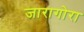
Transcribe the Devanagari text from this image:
जारागोरा